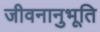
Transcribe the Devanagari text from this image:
जीवनानुभूति